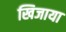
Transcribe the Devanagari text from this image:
खिजाया